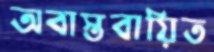
অবাস্তবায়িত